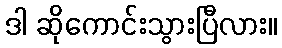
ဒါ ဆိုကောင်းသွားပြီလား။